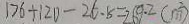
1 7 6 + 1 2 0 - 2 6 . 5 = 2 6 9 . 2 ( m ^ { 2 } )